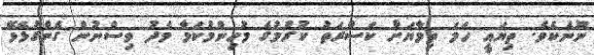
ނޫނެކެވެ. ތިޔައީ ހަމަ ތިމާޔަށް ކަސްރަތު ކުރުމުގެ މުހިންމުކަމާ މެދު ވިސްނުން ގެންގުޅެވޭ